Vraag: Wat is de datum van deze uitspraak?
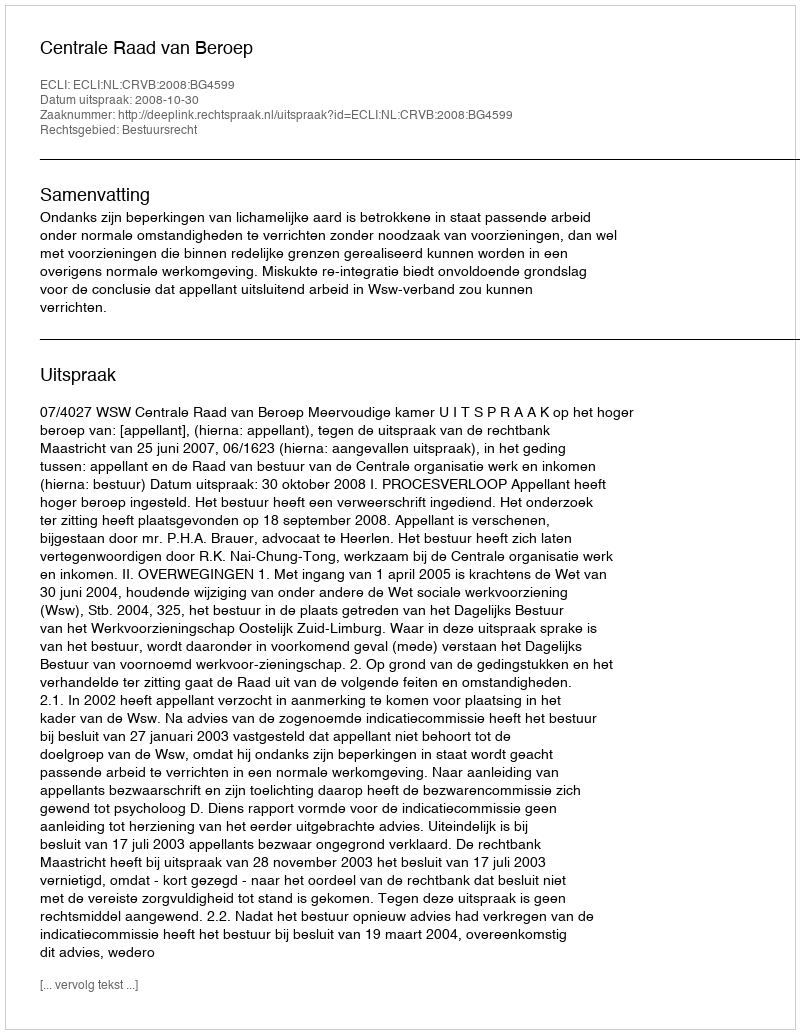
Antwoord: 2008-10-30